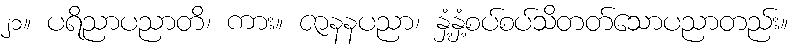
၂၁။ ပရိညာပညာတိ၊ ကား။ ဇာနနပညာ၊ နှံ့နှံ့စပ်စပ်သိတတ်သောပညာတည်း။